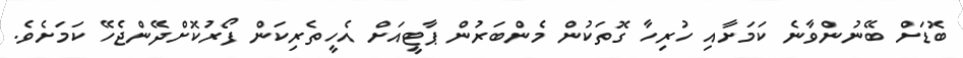
ބޮޑަށް ބޭނުންވާނެ ކަމަށާއި ހުރިހާ ގޮތަކުން މެންބަރުން ޕާޓީއަށް އެހީތެރިކަން ފޯރުކޮށްދޭންޖެހޭ ކަމަށެވެ.